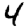
Digit: 4